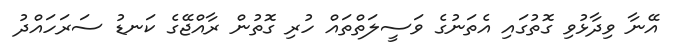
އޭނާ ވިދާޅުވި ގޮތުގައި އެތަނުގެ ވަސީލަތްތައް ހުރި ގޮތުން ރާއްޖޭގެ ކަނޑު ސަރަހައްދު